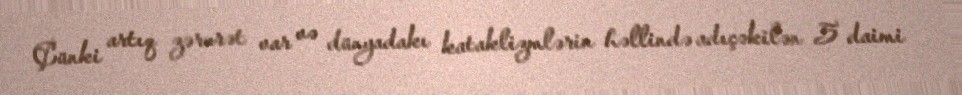
Çünki artıq zərurət var və dünyadakı kataklizmlərin həllində adıçəkilən 5 daimi